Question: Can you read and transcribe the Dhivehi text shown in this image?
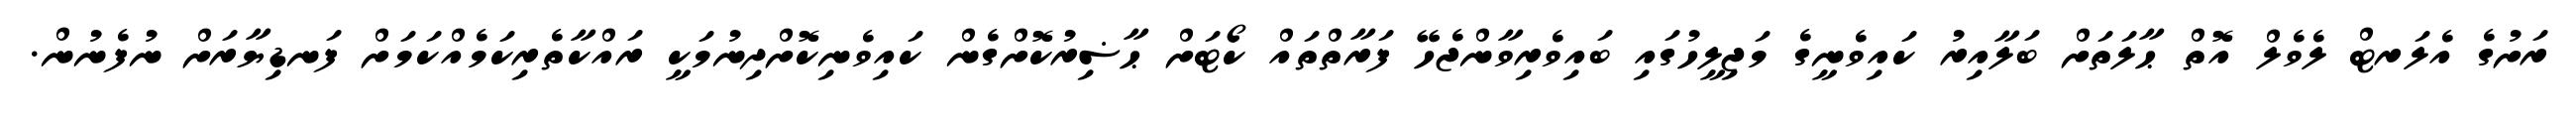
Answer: ރަށުގެ އެލަރޓް ލެވެލް އޮތް ޙާލަތަށް ބަލާއިރު ކައިވެނީގެ މަޖިލީހުގައި ބައިވެރިވާންޖެހޭ ފަރާތްތައް ކޯޓަށް ޙާޟިރުކޮށްގެން ކައިވެނިކޮށްދިނުމަކީ ރައްކާތެރިކަމެއްކަމަށް ފަނޑިޔާރަށް ނުފެނުން.